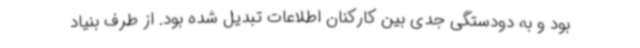
بود و به دودستگی جدی بین کارکنان اطلاعات تبدیل شده بود. از طرف بنیاد